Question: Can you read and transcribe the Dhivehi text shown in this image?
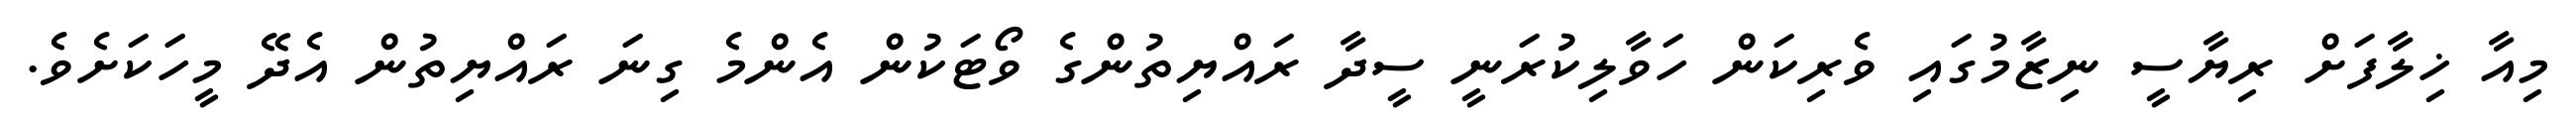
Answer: މިއާ ޚިލާފަށް ރިޔާސީ ނިޒާމުގައި ވެރިކަން ހަވާލިކުރަނީ ސީދާ ރައްޔިތުންގެ ވޯޓަކުން އެންމެ ގިނަ ރައްޔިތުން އެދޭ މީހަކަށެވެ.